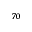
_ { 7 0 }